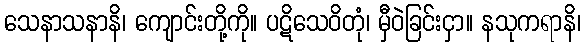
သေနာသနာနိ၊ ကျောင်းတို့ကို။ ပဋိသေဝိတုံ၊ မှီဝဲခြင်းငှာ။ နသုကရာနိ၊